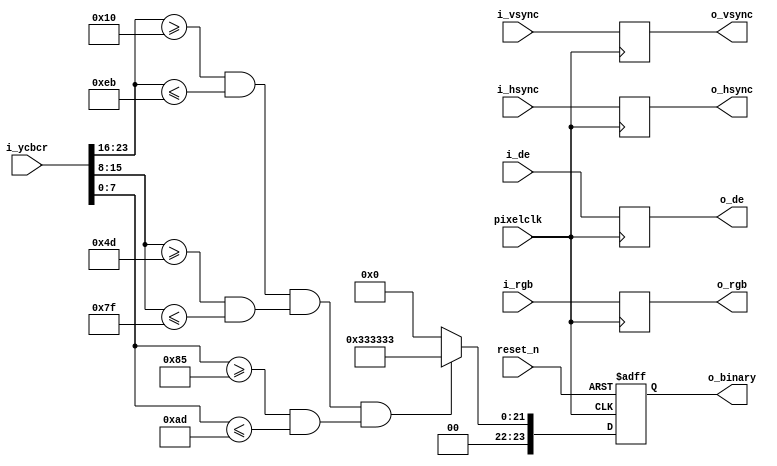

`timescale 1ns/1ps
module  threshold_binary#(
        // parameter DW        = 24 ,
        // parameter Y_TH      = 150,
        // parameter Y_TL      = 40 ,
        // parameter CB_TH     = 155,
        // parameter CB_TL     = 100,
        // parameter CR_TH     = 240,
        // parameter CR_TL     = 160, //red

        parameter DW        = 24 ,
        parameter Y_TH      = 235,
        parameter Y_TL      = 16 ,
        parameter CB_TH     = 127,
        parameter CB_TL     = 77,
        parameter CR_TH     = 173,
        parameter CR_TL     = 133, //human skin


        parameter Y_TH_B      = 135 ,
        parameter Y_TL_B      = 50  ,
        parameter CB_TH_B     = 245 ,
        parameter CB_TL_B     = 156 ,
        parameter CR_TH_B     = 140 ,
        parameter CR_TL_B     = 80   //blule

)(
        input                            pixelclk   ,
        input                            reset_n    ,
        input [DW-1:0]                   i_ycbcr    ,
        input [DW-1:0]                   i_rgb      ,
        input                            i_hsync    ,
        input                            i_vsync    ,
        input                            i_de       ,
   
        
        output [DW-1:0]                  o_binary   ,
        output [DW-1:0]                  o_rgb      ,
        output                           o_hsync    ,
        output                           o_vsync    ,   
        output                           o_de                                                                                                
);


reg  [DW-1:0]           binary_r    ;
reg  [DW-1:0]           i_rgb_r     ;
reg                     h_sync_r    ;
reg                     v_sync_r    ;
reg                     de_r        ;
wire                    en0         ;
wire                    en1         ;
wire                    en2         ;
wire                    en0_b         ;
wire                    en1_b         ;
wire                    en2_b         ;
wire                    en0_g         ;
wire                    en1_g         ;
wire                    en2_g         ;

assign o_binary = binary_r; 
assign o_rgb    = i_rgb_r;
assign o_hsync  = h_sync_r;
assign o_vsync  = v_sync_r;
assign o_de     = de_r;

////////////////////// threshold//////////////////////////////////////
assign en0      =i_ycbcr[23:16] >=Y_TL  && i_ycbcr[23:16] <= Y_TH;
assign en1      =i_ycbcr[15: 8] >=CB_TL && i_ycbcr[15: 8] <= CB_TH;
assign en2      =i_ycbcr[ 7: 0] >=CR_TL && i_ycbcr[ 7: 0] <= CR_TH;
assign en0_b      =i_ycbcr[23:16] >=Y_TL_B && i_ycbcr[23:16] <= Y_TH_B  ;
assign en1_b      =i_ycbcr[15: 8] >=CB_TL_B && i_ycbcr[15: 8] <= CB_TH_B;
assign en2_b      =i_ycbcr[ 7: 0] >=CR_TL_B && i_ycbcr[ 7: 0] <= CR_TH_B;
assign en0_g      =i_rgb[23:16] >=8'd0 && i_rgb[23:16]  <= 8'd120;
assign en1_g      =i_rgb[15: 8] >=8'd160  && i_rgb[15: 8] <= 8'd250;
assign en2_g      =i_rgb[ 7: 0] >=8'd0  && i_rgb[ 7: 0] <= 8'd120;
/********************************************************************************************/

/***************************************timing***********************************************/

always @(posedge pixelclk)begin
    h_sync_r<= i_hsync;
    v_sync_r<= i_vsync;
    de_r    <= i_de;
    i_rgb_r <= i_rgb;
end 



/********************************************************************************************/

/***************************************Binarization threshold*******************************/


always @(posedge pixelclk or negedge reset_n) begin
    if(!reset_n)begin 
        binary_r <= 24'd0;
    end 
    else begin 
        if(en0==1'b1 && en1 ==1'b1 && en2==1'b1) begin 
            binary_r <= 24'h333333;
        end             
		else if(en0_b==1'b1 && en1_b ==1'b1 && en2_b==1'b1)begin         
		 	//binary_r <= 24'h111111;
		 	binary_r <= 24'h0;
		end 		 	
		else if(en0_g==1'b1 && en1_g ==1'b1 && en2_g==1'b1)begin         
		 	//binary_r <= 24'h222222;
		 	binary_r <= 24'h0;
		end
        else begin 
            //binary_r <= 24'hffffff;
            binary_r <= 24'h0;
        end 
    end  
end 



endmodule